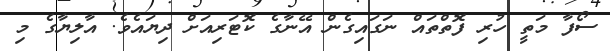
ސޯފާ މަތީ ހުރި ފޮތްތައް ނަގައިގެން އޭނާގެ ކޮޓަރިއަށް ދިޔައެވެ. އާލިޔާގެ މި